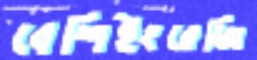
বেশিইংরেজি